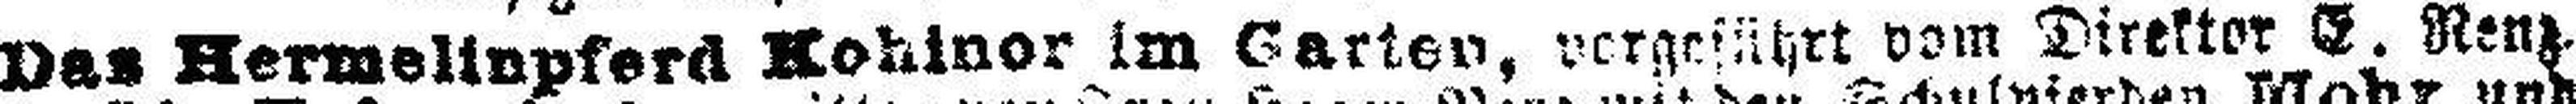
Das Hermelinpferd Hohinor im Garten, vergeführt vom Direktor E. Renz.